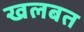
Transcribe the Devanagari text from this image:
खलबत